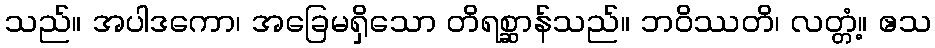
သည်။ အပါဒကော၊ အခြေမရှိသော တိရစ္ဆာန်သည်။ ဘဝိဿတိ၊ လတ္တံ့။ ဧသ